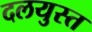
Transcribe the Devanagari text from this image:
दलयुस्त